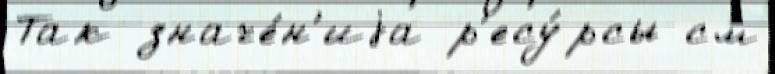
Так значе́н'иjа р'есу́рсы см